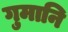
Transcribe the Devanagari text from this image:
गुमानि